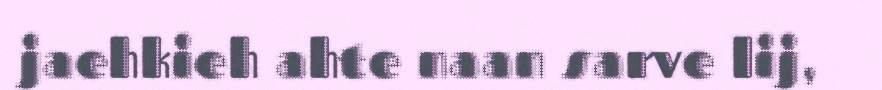
jaehkieh ahte naan sarve lij,